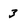
Character: 3